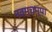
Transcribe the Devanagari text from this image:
नवमचम्पा